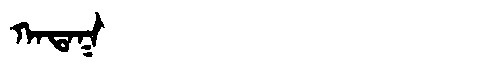
Manchu: ᡴᠠᡨᠠᡴ
Romanization: KATAK